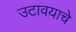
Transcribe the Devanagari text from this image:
उटावयाचे